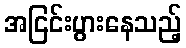
အငြင်းပွားနေသည့်